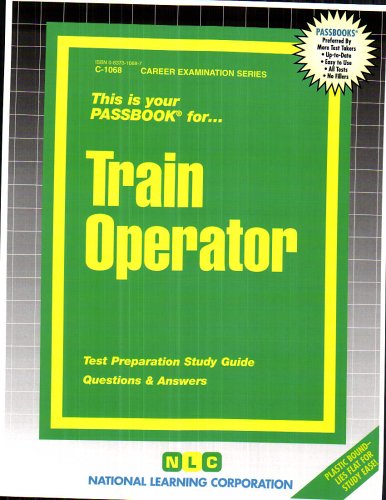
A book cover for Train Operator(Passbooks) (Career Examination ; C-1068); Jack Rudman; Test Preparation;